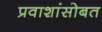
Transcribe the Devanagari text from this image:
प्रवाशांसोबत